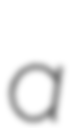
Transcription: a